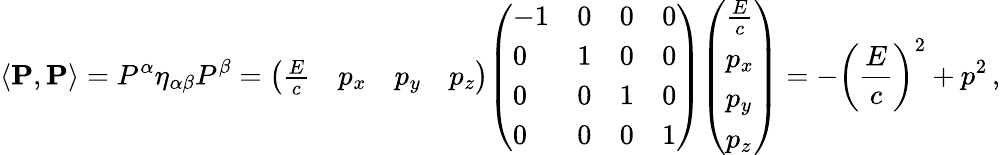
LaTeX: \left\langle\mathbf{P},\mathbf{P}\right\rangle=P^{\alpha}\eta_{\alpha\beta}P^{\beta}={\left(\begin{array}{llll}{{\frac{E}{c}}}&{p_{x}}&{p_{y}}&{p_{z}}\end{array}\right)}{\left(\begin{array}{llll}{-1}&{0}&{0}&{0}\\ {0}&{1}&{0}&{0}\\ {0}&{0}&{1}&{0}\\ {0}&{0}&{0}&{1}\end{array}\right)}{\left(\begin{array}{l}{{\frac{E}{c}}}\\ {p_{x}}\\ {p_{y}}\\ {p_{z}}\end{array}\right)}=-\left({\frac{E}{c}}\right)^{2}+p^{2}\, ,